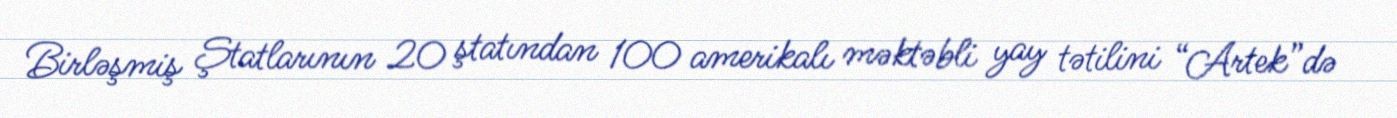
Birləşmiş Ştatlarının 20 ştatından 100 amerikalı məktəbli yay tətilini “Artek”də